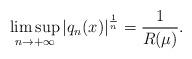
LaTeX: \begin{align*}\limsup_{n \rightarrow + \infty} \left| q_n(x)\right|^{\frac{1}{n}}=\frac{1}{R(\mu)}.\end{align*}